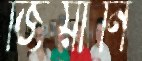
জিয়ানি